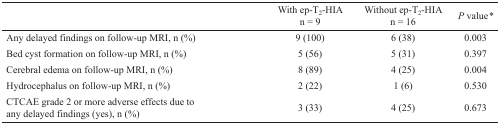
<table><thead><tr><td></td><td><b>With ep-T<sub>2</sub>-HIA n = 9</b></td><td><b>Without ep-T<sub>2</sub>-HIA n = 16</b></td><td><b><i>P</i> value*</b></td></tr></thead><tbody><tr><td>Any delayed findings on follow-up MRI, n (%)</td><td>9 (100)</td><td>6 (38)</td><td>0.003</td></tr><tr><td>Bed cyst formation on follow-up MRI, n (%)</td><td>5 (56)</td><td>5 (31)</td><td>0.397</td></tr><tr><td>Cerebral edema on follow-up MRI, n (%)</td><td>8 (89)</td><td>4 (25)</td><td>0.004</td></tr><tr><td>Hydrocephalus on follow-up MRI, n (%)</td><td>2 (22)</td><td>1 (6)</td><td>0.530</td></tr><tr><td>CTCAE grade 2 or more adverse effects due to any delayed findings (yes), n (%)</td><td>3 (33)</td><td>4 (25)</td><td>0.673</td></tr></tbody></table>